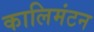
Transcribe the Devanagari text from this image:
कालिमंटन